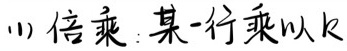
(1) 倍乘：某一行乘以\(k\)